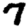
Digit: 7